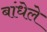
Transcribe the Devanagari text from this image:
बांधेले